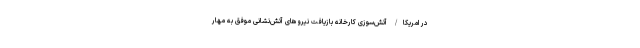
در امریکا/ آتش‌سوزی کارخانه بازیافت نیروهای آتش‌نشانی موفق به مهار